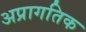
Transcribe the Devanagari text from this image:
अप्रागतिक